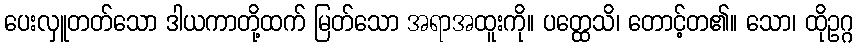
ပေးလှူတတ်သော ဒါယကာတို့ထက် မြတ်သော အရာအထူးကို။ ပတ္ထေသိ၊ တောင့်တ၏။ သော၊ ထိုဥဂ္ဂ